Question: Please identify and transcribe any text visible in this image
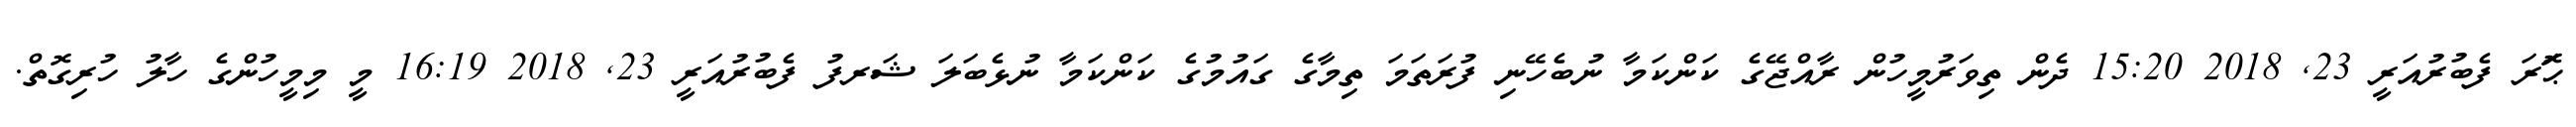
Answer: ޙަޮރަ ފެބުރުއަރީ 23, 2018 15:20 ދެން ތިވަރުމީހުން ރާއްޖޭގެ ކަންކަމާ ނުބެހޭނި ފުރަތަމަ ތިމާގެ ގައުމުގެ ކަންކަމާ ނުޅެބަލަ ޝަރފު ފެބުރުއަރީ 23, 2018 16:19 މީ މިމީހުންގެ ހާލު ހުރިގޮތް.